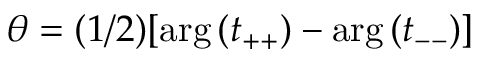
\theta = ( 1 / 2 ) [ \arg { ( t _ { + + } ) } - \arg { ( t _ { -- } ) } ]